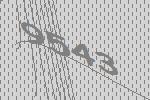
9543